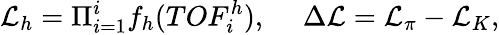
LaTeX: \mathcal{L}_{h}=\Pi_{i=1}^{i}f_{h}(TOF_{i}^{h}),~~~~~\Delta\mathcal{L}=\mathcal{L}_{\pi}-\mathcal{L}_{K},